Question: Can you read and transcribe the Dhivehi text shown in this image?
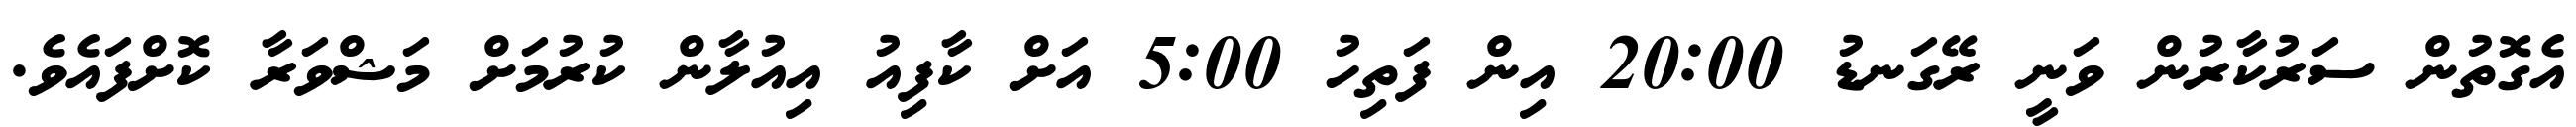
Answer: އެގޮތުން ސަރުކާރުން ވަނީ ރޭގަނޑު 20:00 އިން ފަތިހު 5:00 އަށް ކާފިއު އިއުލާން ކުރުމަށް މަޝްވަރާ ކޮށްފައެވެ.